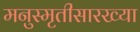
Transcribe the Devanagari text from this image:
मनुस्मृतीसारख्या